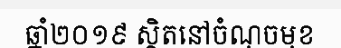
ឆ្នាំ២០១៩ ស្ថិតនៅចំណុចមុខ